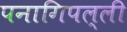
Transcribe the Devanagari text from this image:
पनागिपल्ली